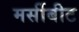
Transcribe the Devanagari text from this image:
मर्सीबीट